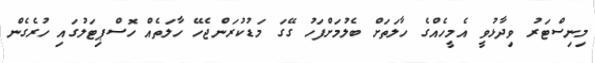
މިނިސްޓަރު ވިދާޅުވީ އެމީހެއްގެ ހާލަތަށް ބެލުމަށްފަހު ގޭގަ މަޑުކުރަންޖެހޭ ހާލަތެއް ހޮސްޕިޓަލުގައި ހުރެގެން